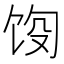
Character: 𬲵